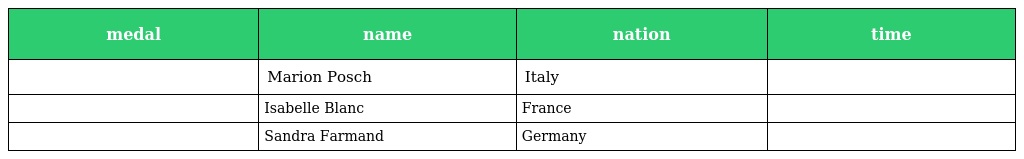
| medal | name | nation | time |
 | --- | --- | --- | --- |
 |  | Marion Posch | Italy |  |
 |  | Isabelle Blanc | France |  |
 |  | Sandra Farmand | Germany |  |